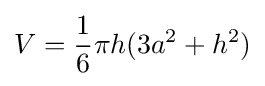
V={\frac {1}{6}}\pi h(3a^{2}+h^{2})